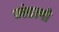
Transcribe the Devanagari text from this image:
मंडलो